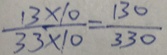
\frac { 1 3 \times 1 0 } { 3 3 \times 1 0 } = \frac { 1 3 0 } { 3 3 0 }